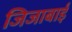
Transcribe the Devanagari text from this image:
जिजाबाईं